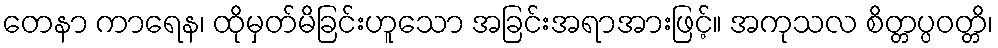
တေနာ ကာရေန၊ ထိုမှတ်မိခြင်းဟူသော အခြင်းအရာအားဖြင့်။ အကုသလ စိတ္တပ္ပဝတ္တိ၊